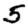
Digit: 5